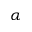
\alpha